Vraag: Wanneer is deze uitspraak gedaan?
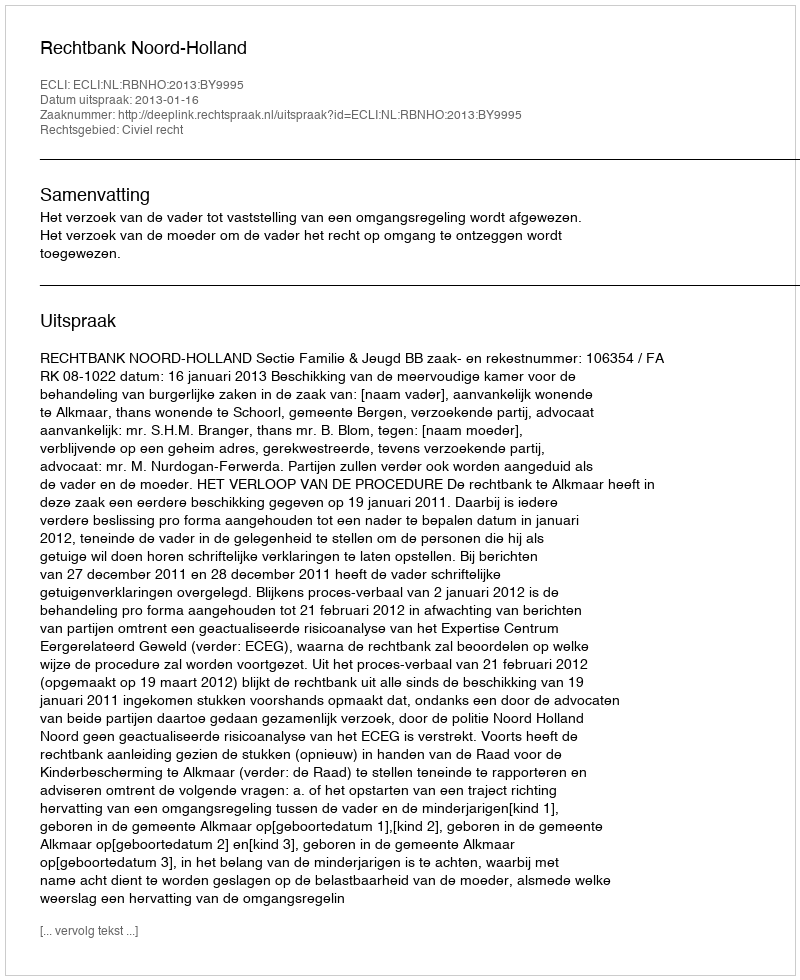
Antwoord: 2013-01-16